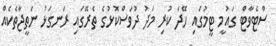
ސްޓެވާޓް ގައުމީ ޓީމުގައި ހޭދަ ކުރި މަދު ދުވަސްކޮޅުގެ ތެރޭގައި ރަނގަޅު ނަތީޖާތެކެއް